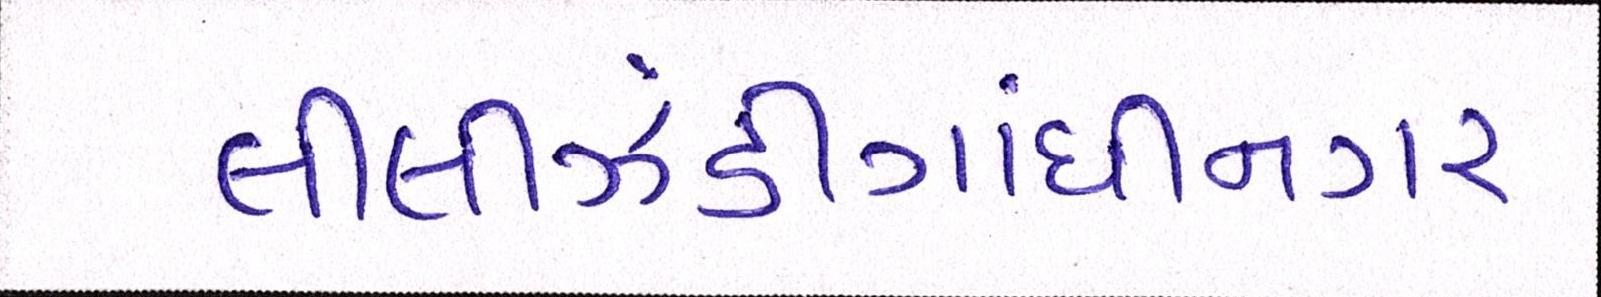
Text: લીલીઝંડીગાંધીનગર